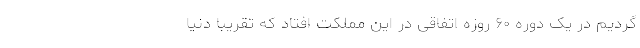
گردیم در یک دوره ۶۰ روزه اتفاقی در این مملکت افتاد که تقریبا دنیا